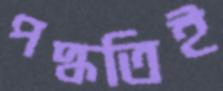
পদ্ধতিই